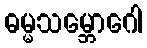
ဓမ္မသမ္ဘောဂေါ